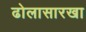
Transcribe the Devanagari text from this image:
ढोलासारखा